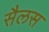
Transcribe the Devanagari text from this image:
सैलस